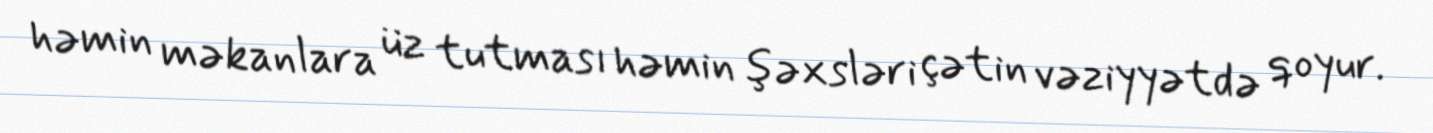
həmin məkanlara üz tutması həmin şəxsləri çətin vəziyyətdə qoyur.